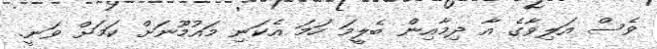
ވެސް އަލިވާގެ އާ ދިމާއިން ބެލީމަ ހަމަ އެކަނި މައުމޫނަށް ކަމަށް ވަނީ.